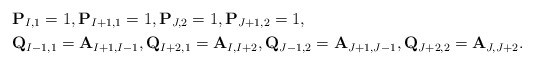
\begin{align*}& {\bf P}_{I,1}=1, {\bf P}_{I+1,1}=1, {\bf P}_{J,2}=1, {\bf P}_{J+1,2}=1, \\& {\bf Q}_{I-1,1}={\bf A}_{I+1,I-1}, {\bf Q}_{I+2,1}={\bf A}_{I,I+2}, {\bf Q}_{J-1,2}={\bf A}_{J+1,J-1}, {\bf Q}_{J+2,2}={\bf A}_{J,J+2}.\end{align*}